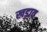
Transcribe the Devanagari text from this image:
खड़ाव